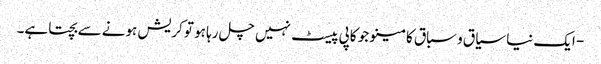
- ایک نیا سیاق و سباق کا مینو جو کاپی پیسٹ نہیں چل رہا ہو تو کریش ہونے سے بچتا ہے۔